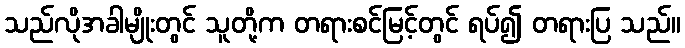
သည်လိုအခါမျိုးတွင် သူတို့က တရားစင်မြင့်တွင် ရပ်၍ တရားပြ သည်။